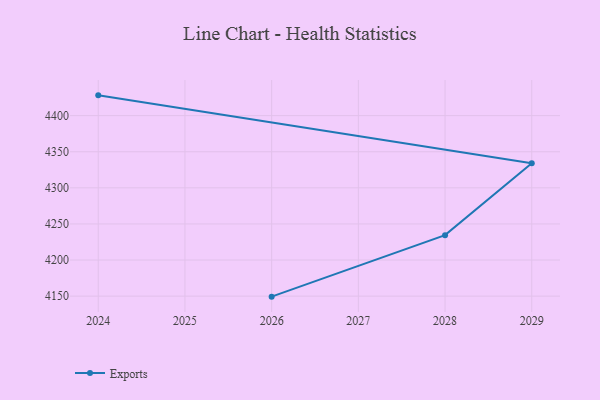
{"axis": {"x": "Year", "y": "Humidity (%)"}, "legend": ["Exports"], "data": [{"x": "2026", "y": 4149.3, "type": "Exports"}, {"x": "2028", "y": 4234.5, "type": "Exports"}, {"x": "2029", "y": 4334.0, "type": "Exports"}, {"x": "2024", "y": 4428.1, "type": "Exports"}]}